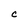
Character: C